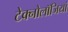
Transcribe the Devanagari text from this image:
टेक्नोलॉजियां